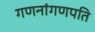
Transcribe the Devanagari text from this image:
गणनांगणपति